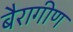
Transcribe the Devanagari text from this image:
बैरागीण